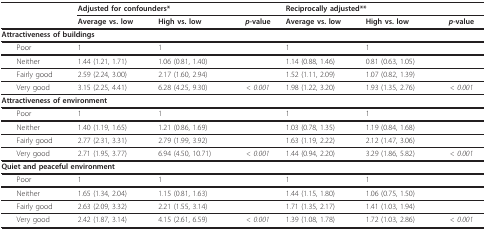
<table><thead><tr><td>[EMPTY_CELL]</td><td colspan="3"><b>Adjusted for confounders*</b></td><td colspan="3"><b>Reciprocally adjusted**</b></td></tr><tr><td>[EMPTY_CELL]</td><td><b>Average vs. low</b></td><td><b>High vs. low</b></td><td><b><i>p</i>-value</b></td><td><b>Average vs. low</b></td><td><b>High vs. low</b></td><td><b><i>p</i>-value</b></td></tr></thead><tbody><tr><td colspan="2"><b>Attractiveness of buildings</b></td><td>[EMPTY_CELL]</td><td>[EMPTY_CELL]</td><td>[EMPTY_CELL]</td><td>[EMPTY_CELL]</td><td>[EMPTY_CELL]</td></tr><tr><td> Poor</td><td>1</td><td>1</td><td>[EMPTY_CELL]</td><td>1</td><td>1</td><td>[EMPTY_CELL]</td></tr><tr><td> Neither</td><td>1.44 (1.21, 1.71)</td><td>1.06 (0.81, 1.40)</td><td>[EMPTY_CELL]</td><td>1.14 (0.88, 1.46)</td><td>0.81 (0.63, 1.05)</td><td>[EMPTY_CELL]</td></tr><tr><td> Fairly good</td><td>2.59 (2.24, 3.00)</td><td>2.17 (1.60, 2.94)</td><td>[EMPTY_CELL]</td><td>1.52 (1.11, 2.09)</td><td>1.07 (0.82, 1.39)</td><td>[EMPTY_CELL]</td></tr><tr><td> Very good</td><td>3.15 (2.25, 4.41)</td><td>6.28 (4.25, 9.30)</td><td><i>&lt; 0.001</i></td><td>1.98 (1.22, 3.20)</td><td>1.93 (1.35, 2.76)</td><td><i>&lt; 0.001</i></td></tr><tr><td colspan="2"><b>Attractiveness of environment</b></td><td>[EMPTY_CELL]</td><td>[EMPTY_CELL]</td><td>[EMPTY_CELL]</td><td>[EMPTY_CELL]</td><td>[EMPTY_CELL]</td></tr><tr><td> Poor</td><td>1</td><td>1</td><td>[EMPTY_CELL]</td><td>1</td><td>1</td><td>[EMPTY_CELL]</td></tr><tr><td> Neither</td><td>1.40 (1.19, 1.65)</td><td>1.21 (0.86, 1.69)</td><td>[EMPTY_CELL]</td><td>1.03 (0.78, 1.35)</td><td>1.19 (0.84, 1.68)</td><td>[EMPTY_CELL]</td></tr><tr><td> Fairly good</td><td>2.77 (2.31, 3.31)</td><td>2.79 (1.99, 3.92)</td><td>[EMPTY_CELL]</td><td>1.63 (1.19, 2.22)</td><td>2.12 (1.47, 3.06)</td><td>[EMPTY_CELL]</td></tr><tr><td> Very good</td><td>2.71 (1.95, 3.77)</td><td>6.94 (4.50, 10.71)</td><td><i>&lt; 0.001</i></td><td>1.44 (0.94, 2.20)</td><td>3.29 (1.86, 5.82)</td><td><i>&lt; 0.001</i></td></tr><tr><td colspan="2"><b>Quiet and peaceful environment</b></td><td>[EMPTY_CELL]</td><td>[EMPTY_CELL]</td><td>[EMPTY_CELL]</td><td>[EMPTY_CELL]</td><td>[EMPTY_CELL]</td></tr><tr><td> Poor</td><td>1</td><td>1</td><td>[EMPTY_CELL]</td><td>1</td><td>1</td><td>[EMPTY_CELL]</td></tr><tr><td> Neither</td><td>1.65 (1.34, 2.04)</td><td>1.15 (0.81, 1.63)</td><td>[EMPTY_CELL]</td><td>1.44 (1.15, 1.80)</td><td>1.06 (0.75, 1.50)</td><td>[EMPTY_CELL]</td></tr><tr><td> Fairly good</td><td>2.63 (2.09, 3.32)</td><td>2.21 (1.55, 3.14)</td><td>[EMPTY_CELL]</td><td>1.71 (1.35, 2.17)</td><td>1.41 (1.03, 1.94)</td><td>[EMPTY_CELL]</td></tr><tr><td> Very good</td><td>2.42 (1.87, 3.14)</td><td>4.15 (2.61, 6.59)</td><td><i>&lt; 0.001</i></td><td>1.39 (1.08, 1.78)</td><td>1.72 (1.03, 2.86)</td><td><i>&lt; 0.001</i></td></tr></tbody></table>